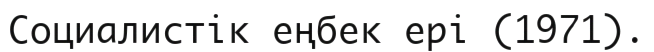
Социалистік еңбек ері (1971).